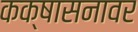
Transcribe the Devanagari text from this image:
कक्षासनावर